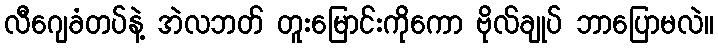
လီဂျေခံတပ်နဲ့ အဲလဘတ် တူးမြောင်းကိုကော ဗိုလ်ချုပ် ဘာပြောမလဲ။